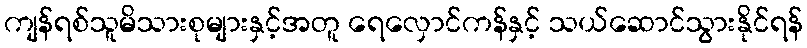
ကျန်ရစ်သူမိသားစုများနှင့်အတူ ရေလှောင်ကန်နှင့် သယ်ဆောင်သွားနိုင်ရန်